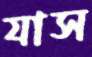
যাস